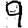
Digit: 9